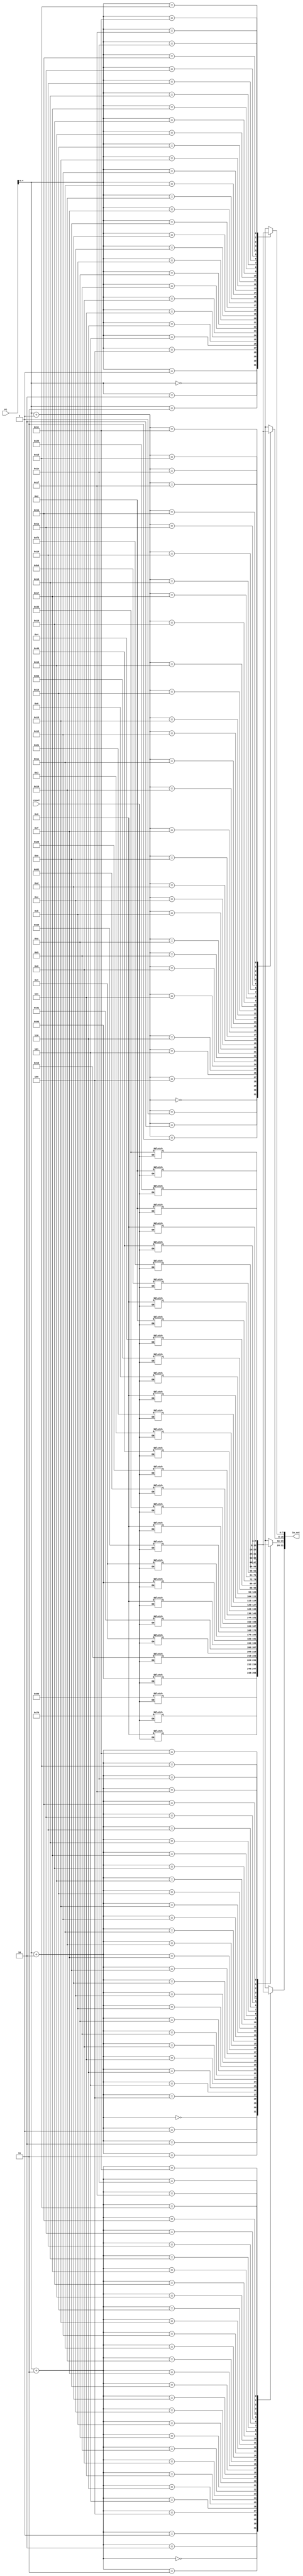
module Instruction_Memory(
    input [31:0] PC,
    input reset,
    output [31:0] im_out
);
    // Byte addressable memory with 32 locations
     reg [7:0] Memory [31:0]; 

    // reset = 0 we assign the im_output code, based on PC
    assign im_out = {Memory[PC+3],Memory[PC+2],Memory[PC+1],Memory[PC]};
    
    // Instruction memory when reset is one
    always @(reset)
      begin
          if(reset == 1)
          begin
             // instruction 1: addi x1, x1,7 => 0x00708093 
            Memory[3] = 8'h00;
            Memory[2] = 8'h70;
            Memory[1] = 8'h80;
            Memory[0] = 8'h93;
             // instruction 2: addi x2, x2, 3 => 0x00310113
            Memory[7] = 8'h00;
            Memory[6] = 8'h31;
            Memory[5] = 8'h01;
            Memory[4] = 8'h13;
             // instruction 3: addi x3, x0, 10 => 0x00A00193
            Memory[11] = 8'h00;
            Memory[10] = 8'ha0;
            Memory[9] = 8'h01;
            Memory[8] = 8'h93;
             // instruction 4: sub x4, x1, x2 => 0x40208233
            Memory[15] = 8'h40;
            Memory[14] = 8'h20;
            Memory[13] = 8'h82;
            Memory[12] = 8'h33;
             // instruction 5: lw x2, 96(x0) => 0x06002103
            Memory[19] = 8'h06;
            Memory[18] = 8'h00;
            Memory[17] = 8'h21;
            Memory[16] = 8'h03;
             // instruction 6: beq x4, x0,1C => 0x00020463
            Memory[23] = 8'h00;
            Memory[22] = 8'h02;
            Memory[21] = 8'h04;
            Memory[20] = 8'h63;
             // instruction 7: and x5, x1, x4 => 0x0040F2B3
            Memory[27] = 8'h00;
            Memory[26] = 8'h40;
            Memory[25] = 8'hF2;
            Memory[24] = 8'hb3;
             // instruction 8: mul x4, x4, x2 => 0x02220233
            Memory[31] = 8'h02;
            Memory[30] = 8'h22;
            Memory[29] = 8'h02;
            Memory[28] = 8'h33; 
             // instruction 9: sw x3, 8(x19) => 0x0089A423
            Memory[35] = 8'h00;
            Memory[34] = 8'h89;
            Memory[33] = 8'ha4;
            Memory[32] = 8'h23;  
             // instruction 10: blt x4,x5,34 => 0x00524863
            Memory[39] = 8'h00;
            Memory[38] = 8'h52;
            Memory[37] = 8'h48;
            Memory[36] = 8'h63;
             // instruction 11: or x6, x5, x2 => 0x0022E333
            Memory[43] = 8'h00;
            Memory[42] = 8'h22;
            Memory[41] = 8'hE3;
            Memory[40] = 8'h33;
             // instruction 12: addi x7, x3, 7 => 0x00718393
            Memory[47] = 8'h00;
            Memory[46] = 8'h71;
            Memory[45] = 8'h83;
            Memory[44] = 8'h93;
             // instruction 13: sll x9, x6, x5 => 0x005314B3
            Memory[51] = 8'h00;
            Memory[50] = 8'h53;
            Memory[49] = 8'h14;
            Memory[48] = 8'hb3;
             // instruction 14: div x8, x4, x3 => 0x02324433
            Memory[55] = 8'h02;
            Memory[54] = 8'h32;
            Memory[53] = 8'h44;
            Memory[52] = 8'h33;
             // instruction 15: mulh x2, x2, x3 => 0x02311133
            Memory[59] = 8'h02;
            Memory[58] = 8'h31;
            Memory[57] = 8'h11;
            Memory[56] = 8'h33;
             // instruction 16: xor x5, x6, x8 => 0x008342B3
            Memory[63] = 8'h00;
            Memory[62] = 8'h83;
            Memory[61] = 8'h42;
            Memory[60] = 8'hb3;
             // instruction 17: srl x9, x6, x5 => 0x005354B3
            Memory[67] = 8'h00;
            Memory[66] = 8'h53;
            Memory[65] = 8'h54;
            Memory[64] = 8'hb3;
             // instruction 18: rem x10, x4, x3 => 0x02326533
            Memory[71] = 8'h02;
            Memory[70] = 8'h32;
            Memory[69] = 8'h65;
            Memory[68] = 8'h33;
             // instruction 19: addi x7, x1, -4 => 0xFFC08393
            Memory[75] = 8'hff;
            Memory[74] = 8'hc0;
            Memory[73] = 8'h83;
            Memory[72] = 8'h93;
             // instruction 20: add x4, x7, x5 => 0x00538233
            Memory[79] = 8'h00;
            Memory[78] = 8'h53;
            Memory[77] = 8'h82;
            Memory[76] = 8'h33;
             // instruction 21: bne x5, x3, 58 => 0x00329463
            Memory[83] = 8'h00;
            Memory[82] = 8'h32;
            Memory[81] = 8'h94;
            Memory[80] = 8'h63;
             // instruction 22: jalr x23, x29, 60H => 0x060E8A67
            Memory[87] = 8'h06;
            Memory[86] = 8'h0e;
            Memory[85] = 8'h8a;
            Memory[84] = 8'h67;
             // instruction 23: addi x5, x0, 6 => 0x00600293
            Memory[91] = 8'h00;
            Memory[90] = 8'h60;
            Memory[89] = 8'h02;
            Memory[88] = 8'h93;
             // instruction 24: jal x6, 50H => 0x0500036F
            Memory[95] = 8'h05;
            Memory[94] = 8'h00;
            Memory[93] = 8'h03;
            Memory[92] = 8'h6f;
             // instruction 25: xori x18, x5, 4 => 0x0042C913
            Memory[99] = 8'h00;
            Memory[98] = 8'h42;
            Memory[97] = 8'hc9;
            Memory[96] = 8'h13;
             // instruction 26: srli x19, x4, 2 => 0x00225993
            Memory[103] = 8'h00;
            Memory[102] = 8'h22;
            Memory[101] = 8'h59;
            Memory[100] = 8'h93;
             // instruction 27: bge x7, x5, 70 => 0x0053D463
            Memory[107] = 8'h00;
            Memory[106] = 8'h53;
            Memory[105] = 8'hd4;
            Memory[104] = 8'h63;
             // instruction 28: ori x20, x18, 10 => 0x00A96A13
            Memory[111] = 8'h00;
            Memory[110] = 8'ha9;
            Memory[109] = 8'h6a;
            Memory[108] = 8'h13;
             // instruction 29: andi x21, x6, 2 => 0x00237A93
            Memory[115] = 8'h00;
            Memory[114] = 8'h23;
            Memory[113] = 8'h7a;
            Memory[112] = 8'h93;
             // instruction 30: bltu x9, x22 7C => 0x0164E463
            Memory[119] = 8'h01;
            Memory[118] = 8'h64;
            Memory[117] = 8'he4;
            Memory[116] = 8'h63;
             // instruction 31: srai x22, x3, 2 => 0x4021DB13
            Memory[123] = 8'h40;
            Memory[122] = 8'h21;
            Memory[121] = 8'hdb;
            Memory[120] = 8'h13;
             // instruction 32: slt x4, x3, x4 => 0x0041A233
            Memory[127] = 8'h00;
            Memory[126] = 8'h41;
            Memory[125] = 8'ha2;
            Memory[124] = 8'h33;
             // instruction 33: sra x9, x22, x19 => 0x413B54B3
            Memory[131] = 8'h41;
            Memory[130] = 8'h3b;
            Memory[129] = 8'h54;
            Memory[128] = 8'hb3;
             // instruction 34: bgeu x8, x12, 6C => 0x07067463
            Memory[135] = 8'h07;
            Memory[134] = 8'h06;
            Memory[133] = 8'h74;
            Memory[132] = 8'h63;
             // instruction 35: sm4enc x1, x4, x3 => 0x0032408B
            Memory[139] = 8'h00;
            Memory[138] = 8'h32;
            Memory[137] = 8'h40;
            Memory[136] = 8'h8b;
             // instruction 36: sm3sw x0, x0, 0 => 0x0000000B
            Memory[143] = 8'h00;
            Memory[142] = 8'h00;
            Memory[141] = 8'h00;
            Memory[140] = 8'h0b;
             // instruction 37: jalr x15, x0, 0H => 0x000007E7
            Memory[147] = 8'h00;
            Memory[146] = 8'h00;
            Memory[145] = 8'h07;
            Memory[144] = 8'he7;
             // instruction 38: csrrw x0,'h342, x27 => 0x342D9073
            Memory[151] = 8'h34;
            Memory[150] = 8'h2d;
            Memory[149] = 8'h90;
            Memory[148] = 8'h73;
             // instruction 39: addi x3,x0,50H => 0x05000193
            Memory[155] = 8'h05;
            Memory[154] = 8'h00;
            Memory[153] = 8'h01;
            Memory[152] = 8'h93;
             // instruction 40: nop => 0x00000013
            Memory[159] = 8'h00;
            Memory[158] = 8'h00;
            Memory[157] = 8'h00;
            Memory[156] = 8'h13;
             // instruction 41: csrrw x0,'h341, x3 => 0x34119073
            Memory[163] = 8'h34;
            Memory[162] = 8'h11;
            Memory[161] = 8'h90;
            Memory[160] = 8'h73;
             // instruction 42: csrrs x4,'h305, x0 => 0x30502273
            Memory[167] = 8'h30;
            Memory[166] = 8'h50;
            Memory[165] = 8'h22;
            Memory[164] = 8'h73;
             // instruction 43: nop => 0x00000013
            Memory[171] = 8'h00;
            Memory[170] = 8'h00;
            Memory[169] = 8'h00;
            Memory[168] = 8'h13;
             // instruction 44: jalr x30, x4, 0 => 0x00020F67
            Memory[175] = 8'h00;
            Memory[174] = 8'h02;
            Memory[173] = 8'h0f;
            Memory[172] = 8'h67;
             // instruction 45: csrrs x1,'h340, x0 => 0x340020F3
            Memory[179] = 8'h34;
            Memory[178] = 8'h00;
            Memory[177] = 8'h20;
            Memory[176] = 8'hf3;
             // instruction 46: bqe x0, x0, BC => 0x00000263
            Memory[183] = 8'h00;
            Memory[182] = 8'h00;
            Memory[181] = 8'h02;
            Memory[180] = 8'h63;
             // instruction 47: jalr x0, x1, 0 => 0x00008067
            Memory[187] = 8'h00;
            Memory[186] = 8'h00;
            Memory[185] = 8'h80;
            Memory[184] = 8'h67;
         end
    end

endmodule